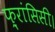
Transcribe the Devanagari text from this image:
फ़्रांसिसी।